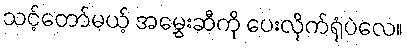
သင့်တော်မယ့် အမွှေးဆီကို ပေးလိုက်ရုံပဲလေ။